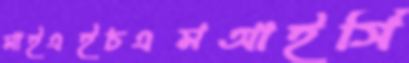
মাইএইচএমআইসি